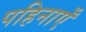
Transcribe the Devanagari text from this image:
पहिनाएँ